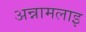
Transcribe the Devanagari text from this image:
अन्नामलाइ